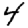
Digit: 4